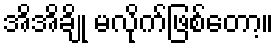
အိအိချို မလိုက်ဖြစ်တော့။